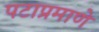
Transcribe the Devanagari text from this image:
पटाप्रमाणे